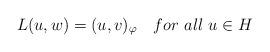
LaTeX: \begin{align*} L(u,w)=(u,v)_\varphi\ \ \ {for\ all\ } u\in H \end{align*}